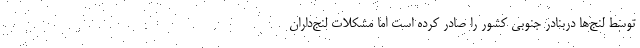
توسط لنج‌ها دربنادر جنوبی کشور را صادر کرده است اما مشکلات لنج‌داران